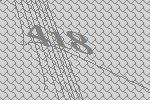
418